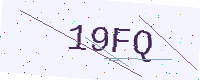
Text: 19FQ